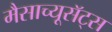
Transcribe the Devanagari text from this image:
मैसाच्यूसॅट्स